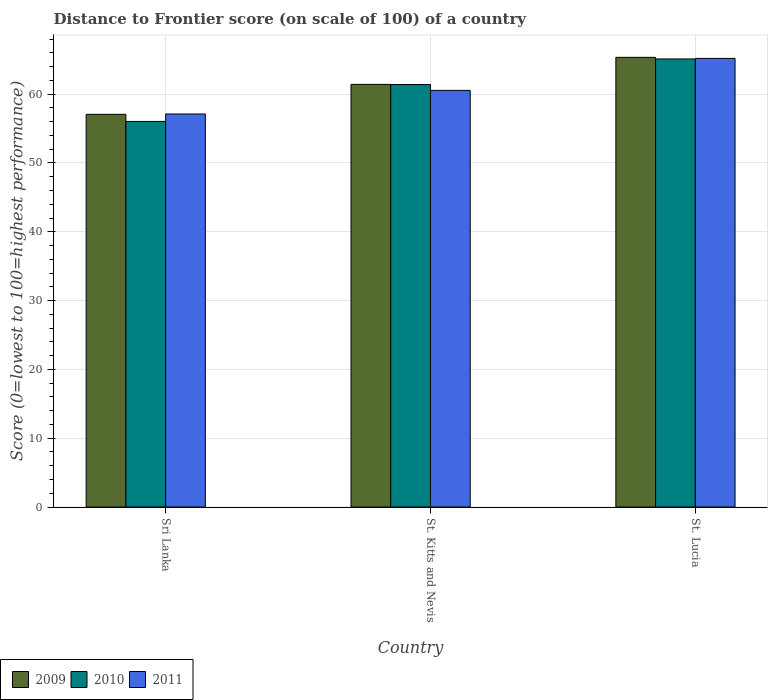
| Country | 2009 | 2010 | 2011 |
 | --- | --- | --- | --- |
 | Sri Lanka | 57.1 | 56 | 57.1 |
 | St. Kitts and Nevis | 61.4 | 61.4 | 60.5 |
 | St. Lucia | 65.3 | 65.1 | 65.2 |